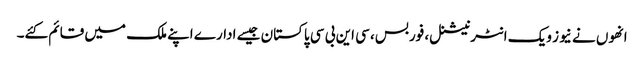
انھوں نے نیوز ویک انٹرنیشنل، فوربس، سی این بی سی پاکستان جیسے ادارے اپنے ملک میں قائم کئے۔